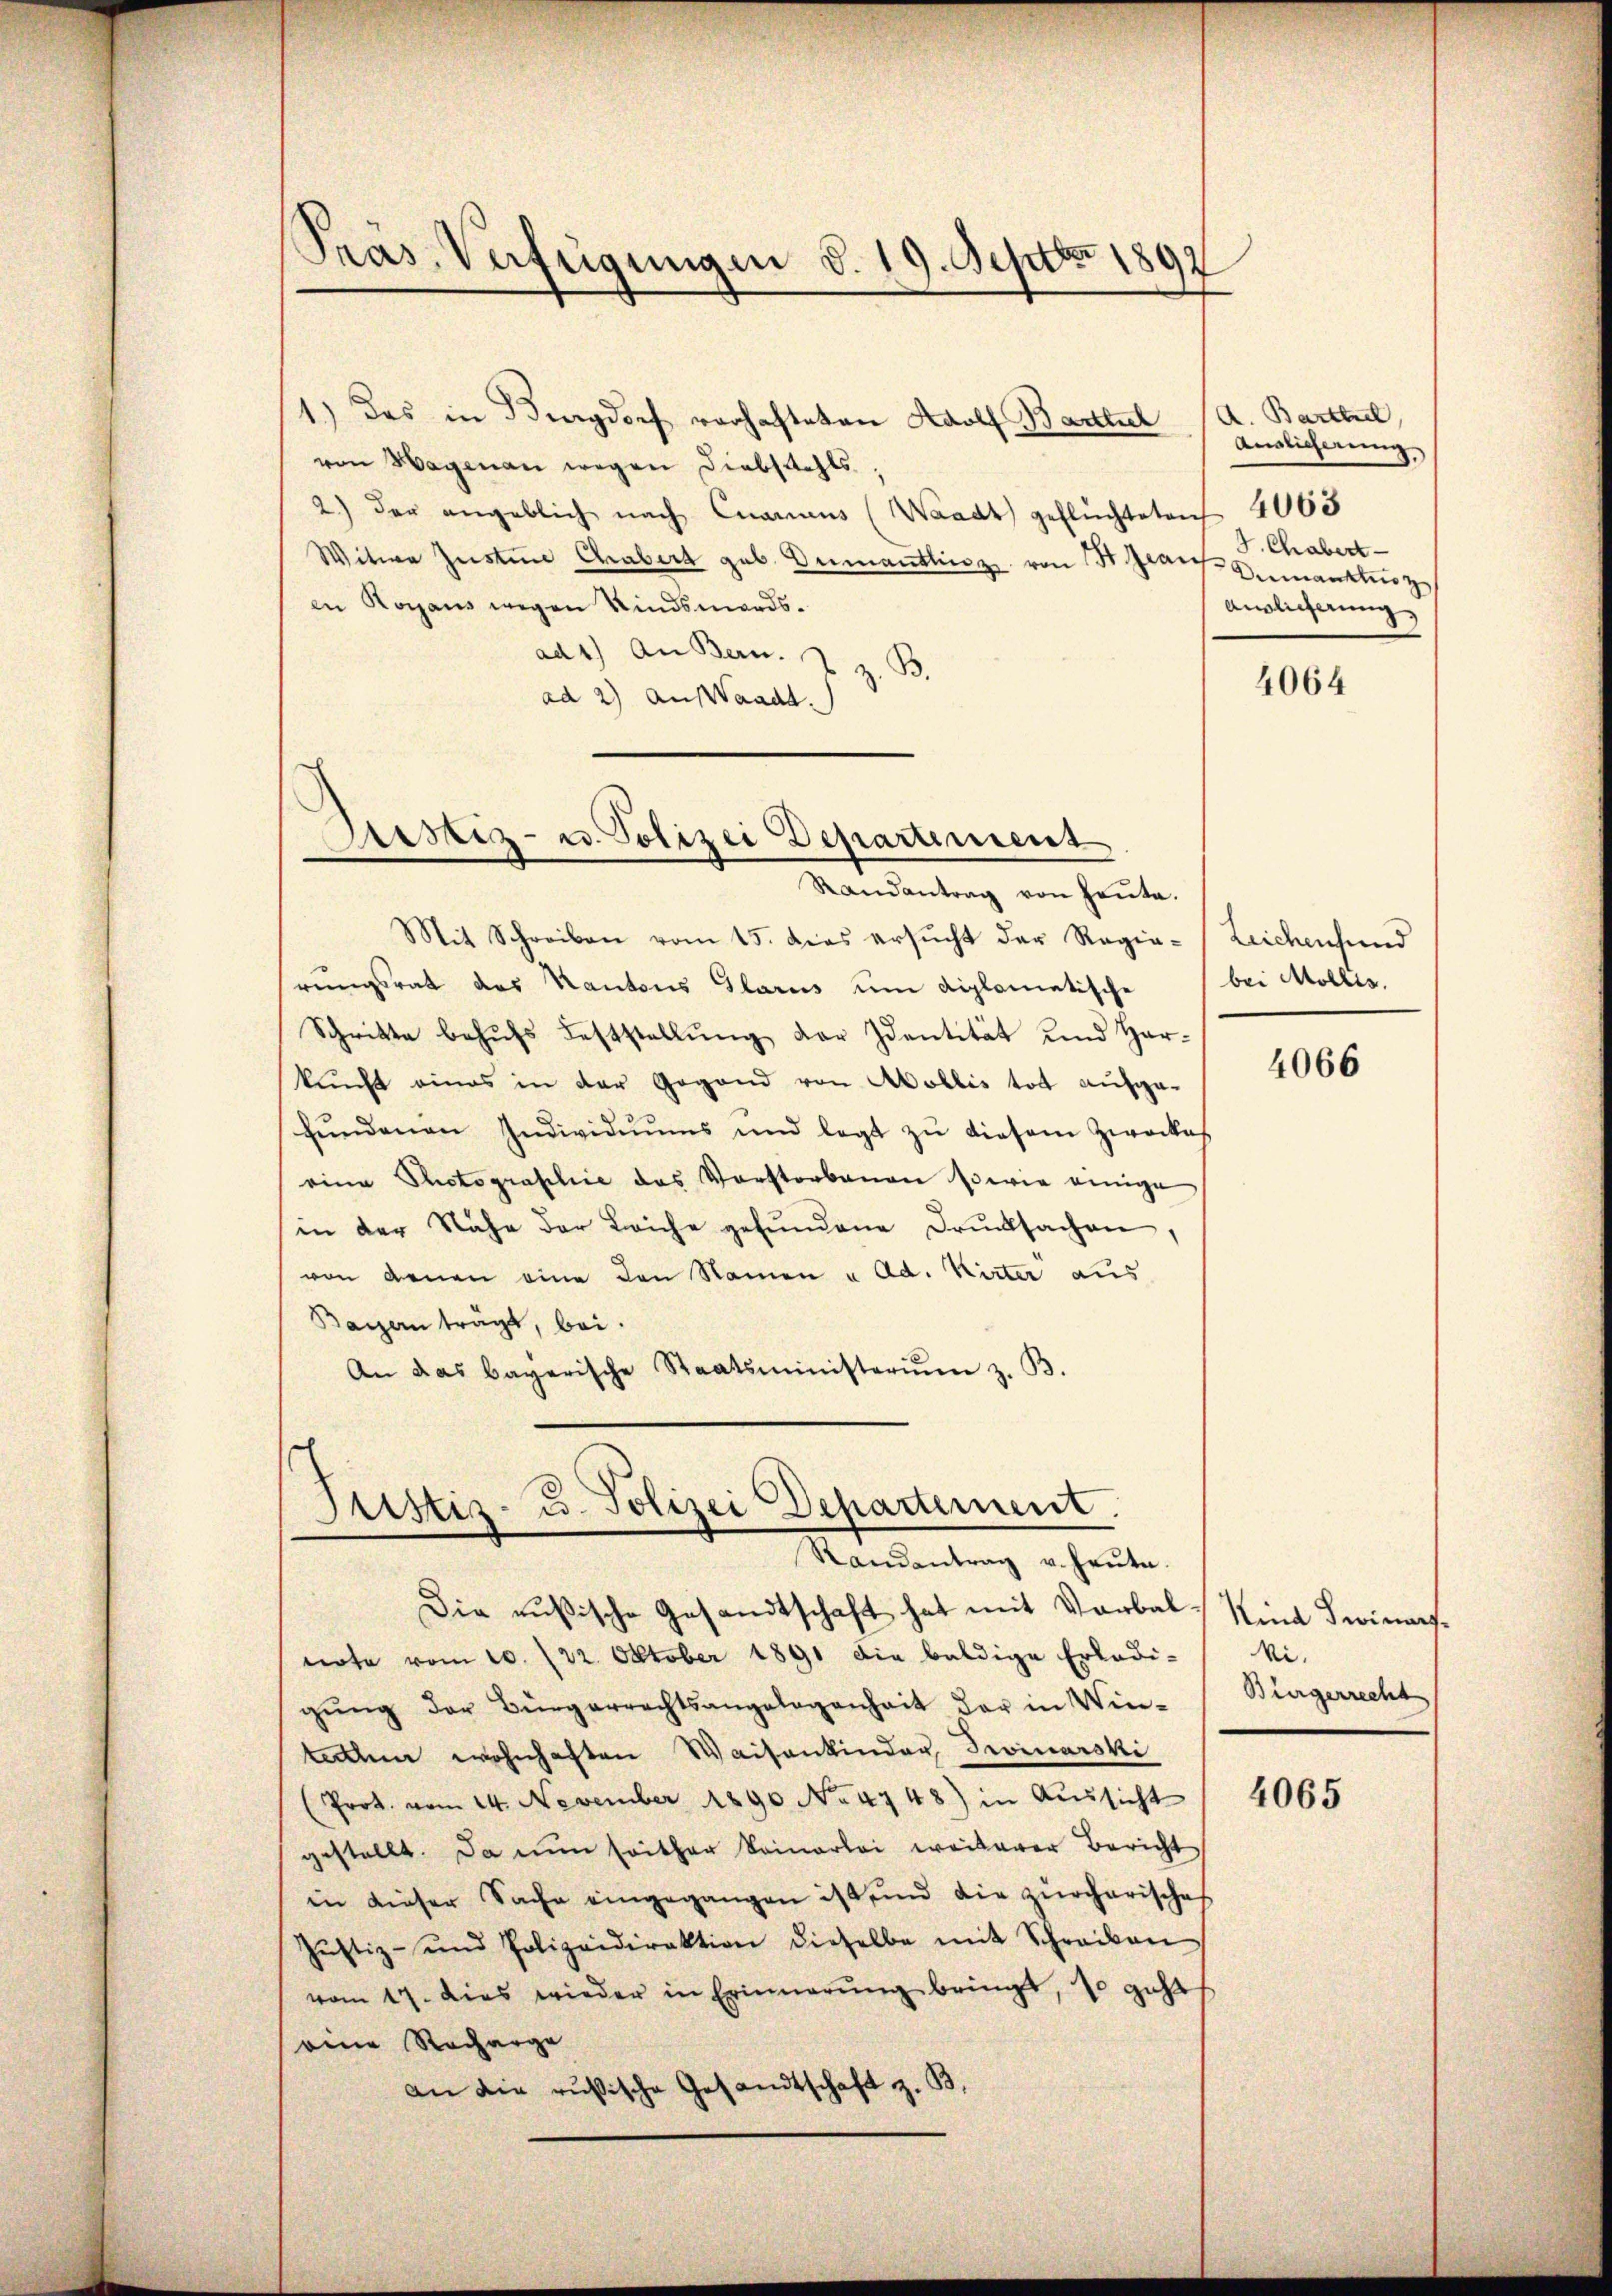
Präs. Verfügungen d. 19. Septbr 1892

1.) Das in Burgdorf vorhafteten Adolf Bartlich
von Hagmann wegen Diebstahls
2) der angeblich nach Carus (Waadt geflüchteten 4065
Witwe Justin Chrabert geb. Dumantlinz von St. Grau Anmankoz
in Rogaus wegen Kindsmordsad 1.) An Bern.
z. B.
ad 2) Auswaadt.

Arstiz- u. Polizei Departement

Justiz- u. Polizei Departement.

Randantrag von Heute.
Mit Schreiben vom 15. dies ersŭcht der Regia- Leichenhund
rungsrat des Kantons Glarus um diplomatische
Schritte behŭfs Feststellŭng der Identität und Har-
kunft eines in der Gegend von Mollis tot aufge-
fŭndenen Individuums und legt zŭ diesem Zweckes
eine Photographie das Vorstorbenen sowie einige
in der Nähe der Leiche gefŭndene Drucksachen.
von denen eine den Namen u Ad. Kirter aus
Baren trägt, bei.
An das bayerische Staatsministerim z. B.

Randantrag u. heute.
Die rusische Gesandtschaft hat mit Verbal-
note vom 10. 122. Oktober 1891 die baldige Erledi-
gŭng der Bürgerrechtsangelegenheit der in Win-Bürgerrecht
techen wohnhaften Waisenkinder, Troicarski
(Prot. vom 24. November 1890 No 4748) in Aŭssicht
gestellt. Da nun seither keinerlei weiterer Bericht
in dieser Sache eingegangen ist und die zürcharisches
Jŭstiz- und Polizeidirektion dieselbe mit Schreiben
vom 17. dies wieder in Erinnerung bringt, so geht
seine Racharge
an die rusische Gesandtschaft z. B.

A. Bartheil,
Anglicherung
4. Chabert
Anglicherung

4064

bei Mollis.

4066

Kind Swinarf.
ki.

4065